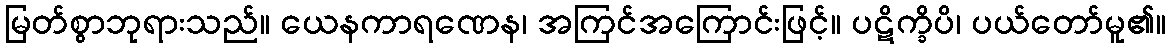
မြတ်စွာဘုရားသည်။ ယေနကာရဏေန၊ အကြင်အကြောင်းဖြင့်။ ပဋိက္ခိပိ၊ ပယ်တော်မူ၏။